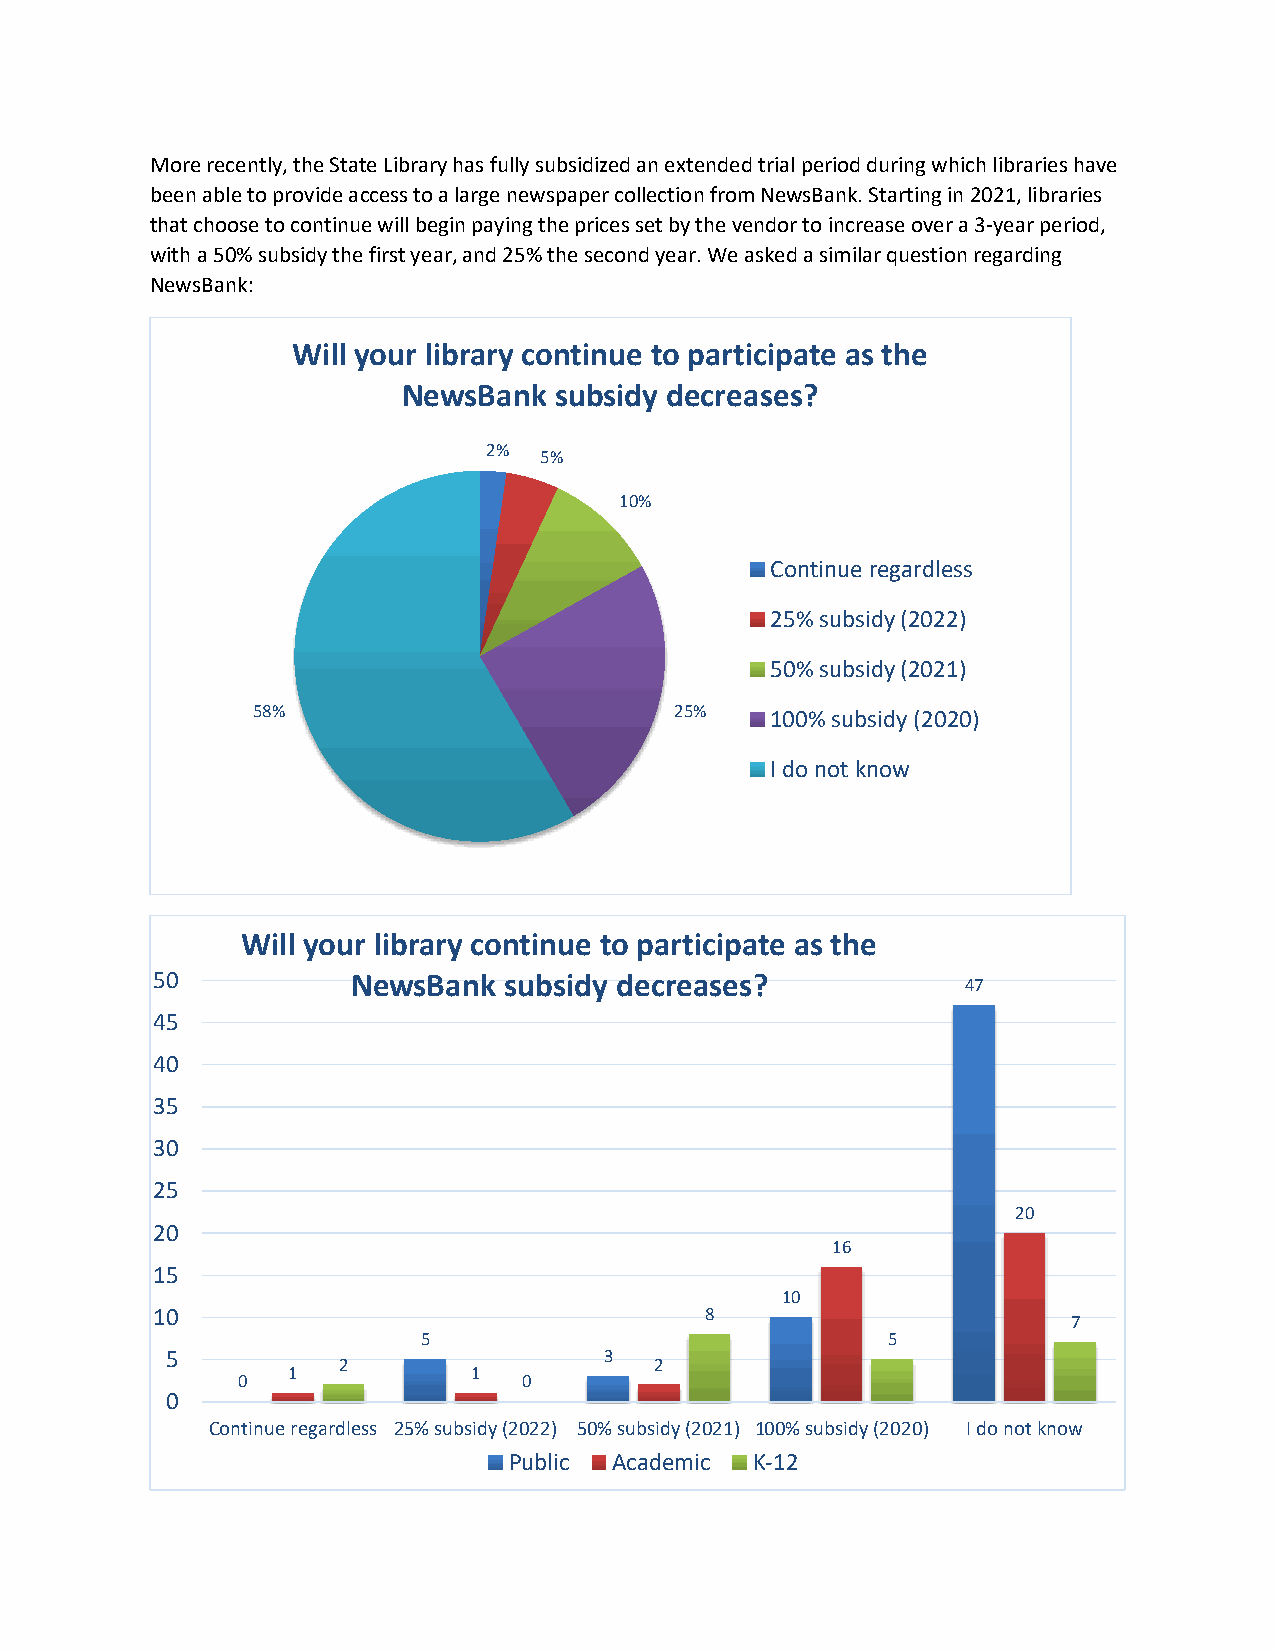
More recently, the State Library has fully subsidized an extended trial period during which libraries have
 been able to provide access to a large newspaper collection from NewsBank. Starting in 2021, libraries
 that choose to continue will begin paying the prices set by the vendor to increase over a 3-year period,
 with a 50% subsidy the first year, and 25% the second year. We asked a similar question regarding
 NewsBank:
 Will your library continue to participate as the
 NewsBank  subsidy decreases?
 2%
 5%
 10%
 Continue regardless
 25% subsidy (2022)
 50% subsidy (2021)
 58%                         25%   100% subsidy (2020)
 I do not know
 Will your library continue to participate as the
 50           NewsBank  subsidy decreases?
 47
 45
 40
 35
 30
 25
 20
 20
 16
 15
 10
 10                                   8
 7
 5                              5
 5                            3
 2                    2
 1           1
 0                  0
 0
 Continue regardless 25% subsidy (2022) 50% subsidy (2021) 100% subsidy (2020) I do not know
 Public Academic K-12